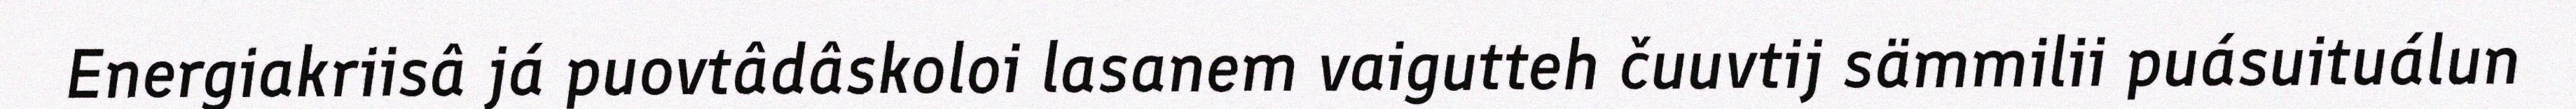
Energiakriisâ já puovtâdâskoloi lasanem vaigutteh čuuvtij sämmilii puásuituálun